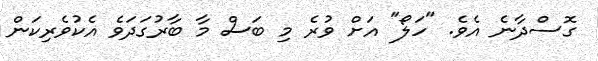
ގޮސްދާނެ އެވެ. "ހަލޯ" އަށް ވުރެ މި ބަސް މާ ބާރުގަދަވެ އެކުވެރިކަން